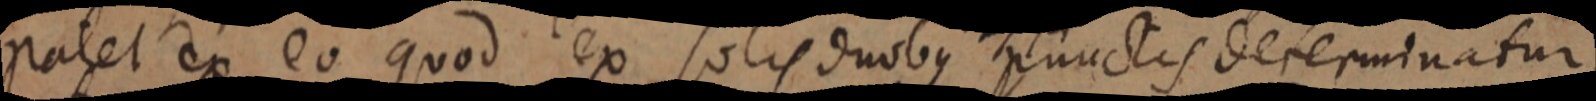
patet ex eo quod ex solis duobus punctis dererminatur